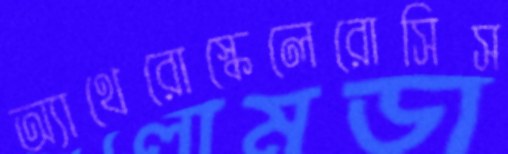
অ্যাথেরোস্কেলেরোসিস